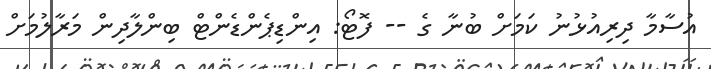
އުސާމާ ދިރިއުޅުނު ކަމަށް ބުނާ ގެ -- ފޮޓޯ: އިންޑިޕެންޑެންޓް ބިންލާދިން މަރާލުމަށް